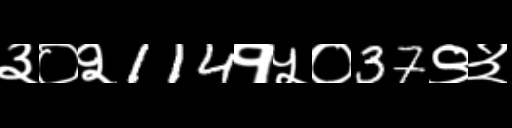
Text: ३०२114१५०37९३